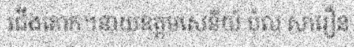
ជើងគោក។នាយឧត្តមសេនីយ៍ ប៉ុល សារឿន